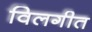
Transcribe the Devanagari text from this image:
विलगीत